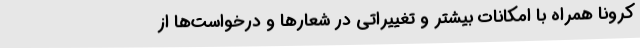
کرونا همراه با امکانات بیشتر و تغییراتی در شعارها و درخواست‌ها از